Annual report of the Imperial Bacteriologist
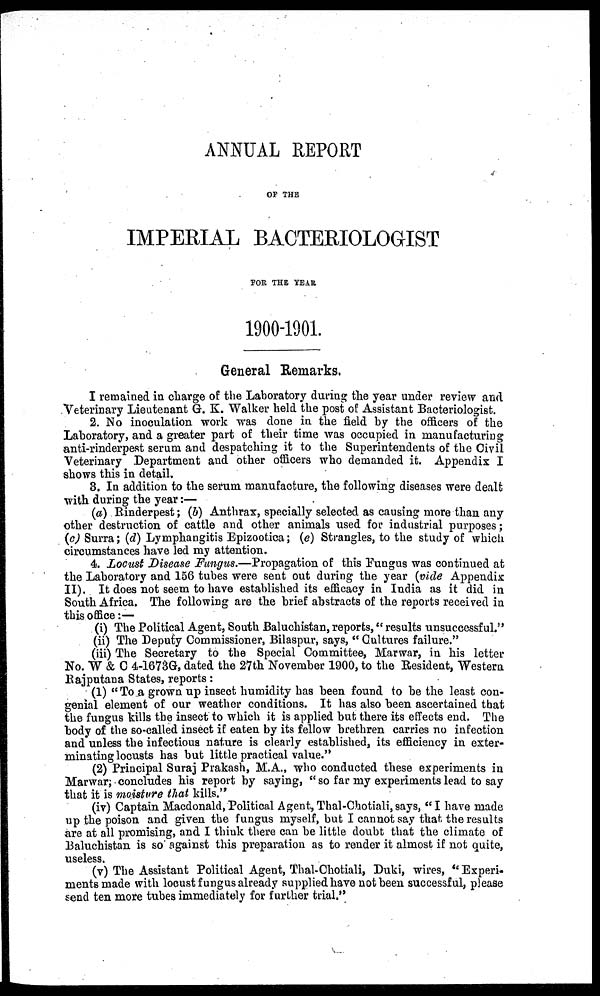
ANNUAL REPORT
OF THE
IMPERIAL BACTERIOLOGIST
FOR THE YEAR
1900-1901.
General Remarks.
I remained in charge of the Laboratory during the year under review and
Veterinary Lieutenant G. K. Walker held the post of Assistant Bacteriologist.
2. No inoculation work was done in the field by the officers of the
Laboratory, and a greater part of their time was occupied in manufacturing
anti-rinderpest serum and despatching it to the Superintendents of the Civil
Veterinary Department and other officers who demanded it. Appendix I
shows this in detail.
3. In addition to the serum manufacture, the following diseases were dealt
with during the year :—
(a) Rinderpest ; (b) Anthrax, specially selected as causing more than any
other destruction of cattle and other animals used for industrial purposes;
(c) Surra ; (d) Lymphangitis Epizootica ; (e) Strangles, to the study of which
circumstances have led my attention.
4. Locust Disease Fungus.—Propagation of this Fungus was continued at
the Laboratory and 156 tubes were sent out during the year (vide Appendix
II). It does not seem to have established its efficacy in India as it did in
South Africa. The following are the brief abstracts of the reports received in
this office :—
(i) The Political Agent, South Baluchistan, reports,"results unsuccessful."
(ii) The Deputy Commissioner, Bilaspur, says, " Cultures failure."
(iii) The Secretary to the Special Committee, Marwar, in his letter
No. W & C 4-1673G, dated the 27th November 1900, to the Resident, Western
Rajputana States, reports :
(1) " To a grown up insect humidity has been found to be the least con-
genial element of our weather conditions. It has also been ascertained that
the fungus kills the insect to which it is applied but there its effects end. The
body of the so-called insect if eaten by its fellow brethren carries no infection
and unless the infectious nature is clearly established, its efficiency in exter-
minating locusts has but little practical value."
(2) Principal Suraj Prakash, M.A., who conducted these experiments in
Marwar; concludes his report by saying, " so far my experiments lead to say
that it is moisture that kills."
(iv) Captain Macdonald, Political Agent,Thal-Chotiali, says, "I have made
up the poison and given the fungus myself, but I cannot say that the results
are at all promising, and I think there can be little doubt that the climate of
Baluchistan is so against this preparation as to render it almost if not quite,
useless.
(v) The Assistant Political Agent, Thal-Chotiali, Duki, wires, " Experi-
ments made with locust fungus already supplied have not been successful, please
send ten more tubes immediately for further trial."